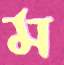
ম